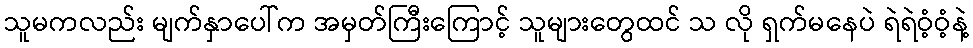
သူမကလည်း မျက်နှာပေါ်က အမှတ်ကြီးကြောင့် သူများတွေထင် သ လို ရှက်မနေပဲ ရဲရဲဝံ့ဝံ့နဲ့